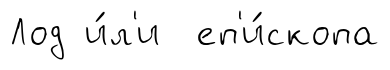
Лод и́л'и еп'и́скопа